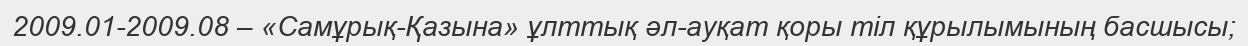
2009.01-2009.08 – «Самұрық-Қазына» ұлттық әл-ауқат қоры тіл құрылымының басшысы;